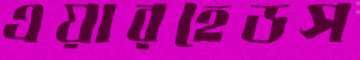
এয়ারহেডস